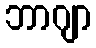
ဘာဂျာ